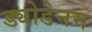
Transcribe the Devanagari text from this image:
ड्योडेनम